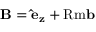
{ \bf B } = { \bf \hat { e } _ { z } } + \mathrm { R m } { \bf b }